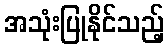
အသုံးပြုနိုင်သည့်